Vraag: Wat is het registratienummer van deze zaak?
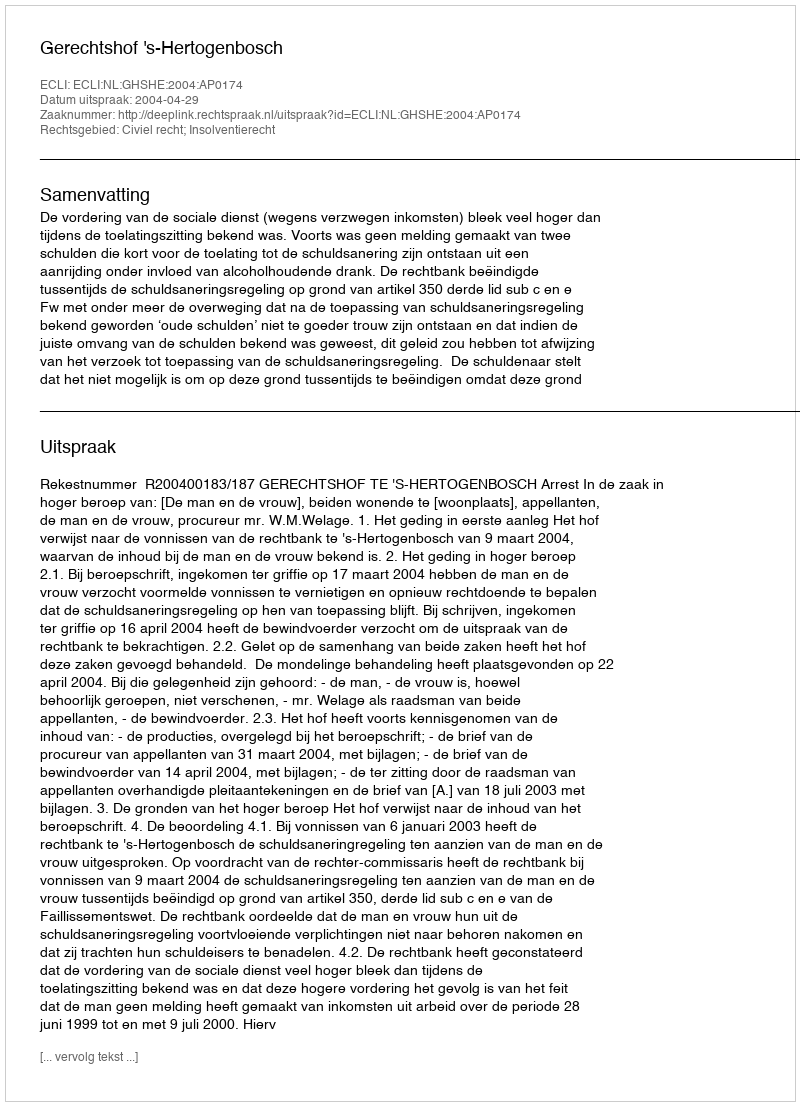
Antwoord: http://deeplink.rechtspraak.nl/uitspraak?id=ECLI:NL:GHSHE:2004:AP0174